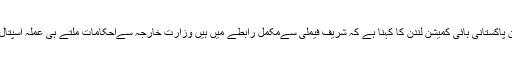
ترجمان پاکستانی ہائی کمیشن لندن کا کہنا ہے کہ شریف فیملی سےمکمل رابطے میں ہیں وزارت خارجہ سےاحکامات ملتے ہی عملہ اسپتال پہنچا۔